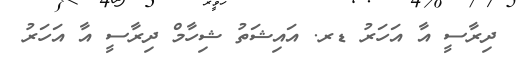
ދިރާސީ އާ އަހަރު ޑރ. އައިޝަތު ޝިހާމް ދިރާސީ އާ އަހަރު